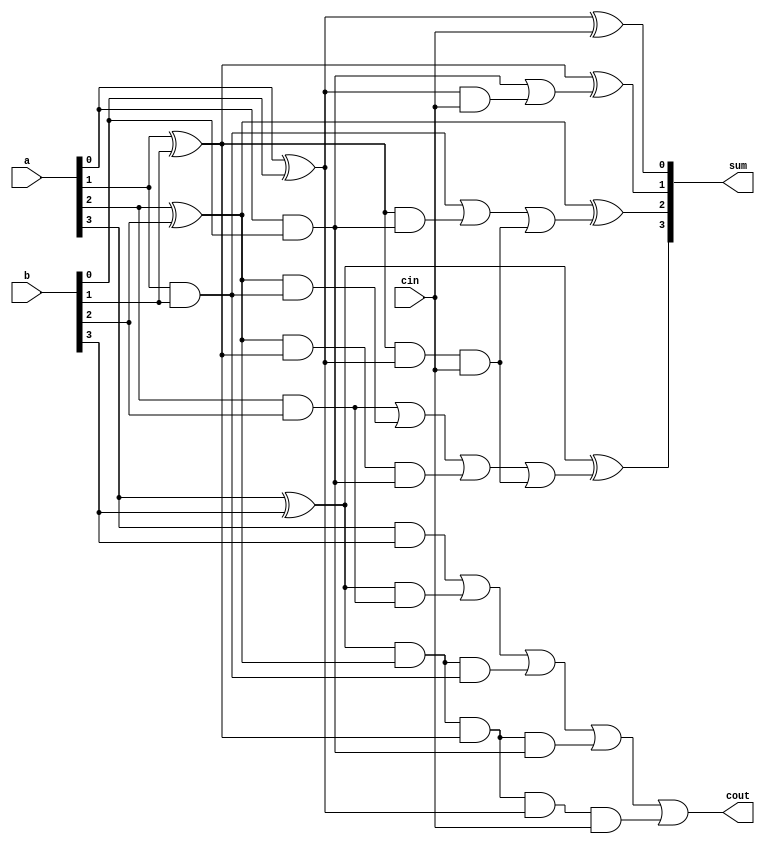
module CLA_Adder(a,b,cin,sum,cout);
input[3:0] a,b;
input cin;
output [3:0] sum;
output cout;
wire p0,p1,p2,p3,g0,g1,g2,g3,c1,c2,c3,c4;
assign p0=(a[0]^b[0]),
p1=(a[1]^b[1]),
p2=(a[2]^b[2]),
p3=(a[3]^b[3]);
assign g0=(a[0]&b[0]),
g1=(a[1]&b[1]),
g2=(a[2]&b[2]),
g3=(a[3]&b[3]);
assign c0=cin,
c1=g0|(p0&cin),
c2=g1|(p1&g0)|(p1&p0&cin),
c3=g2|(p2&g1)|(p2&p1&g0)|(p1&p1&p0&cin),
c4=g3|(p3&g2)|(p3&p2&g1)|(p3&p2&p1&g0)|(p3&p2&p1&p0&cin);
assign sum[0]=p0^c0,
sum[1]=p1^c1,
sum[2]=p2^c2,
sum[3]=p3^c3;
assign cout=c4;
endmodule